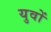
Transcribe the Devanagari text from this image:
युवों